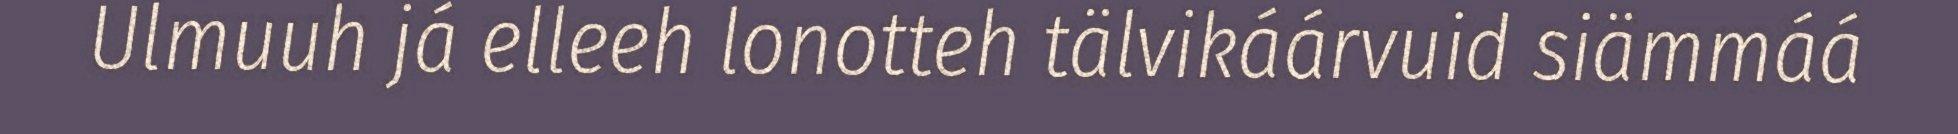
Ulmuuh já elleeh lonotteh tälvikáárvuid siämmáá